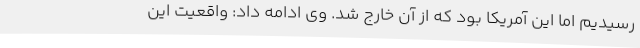
رسیدیم اما این آمریکا بود که از آن خارج شد. وی ادامه داد: واقعیت این